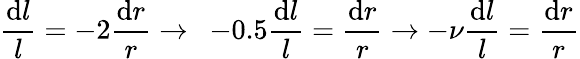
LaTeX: \frac{\mathrm{d}l}{l}=-2\frac{\mathrm{d}r}{r}\rightarrow\enspace-0.5\frac{\mathrm{d}l}{l}=\frac{\mathrm{d}r}{r}\rightarrow-\nu\frac{\mathrm{d}l}{l}=\frac{\mathrm{d}r}{r}